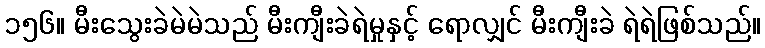
၁၅၆။ မီးသွေးခဲမဲမဲသည် မီးကျီးခဲရဲမှုနှင့် ရောလျှင် မီးကျီးခဲ ရဲရဲဖြစ်သည်။